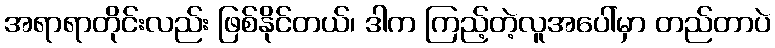
အရာရာတိုင်းလည်း ဖြစ်နိုင်တယ်၊ ဒါက ကြည့်တဲ့လူအပေါ်မှာ တည်တာပဲ